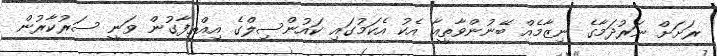
ރަށަށް ނަރުދަމާގެ ނިޒާމެއް ބޭނުންވާތީއާ އެކު އެކަމުގައި ކައުންސިލްގެ އިއްތިފާގުން ވަނީ ސަރުކާރުން